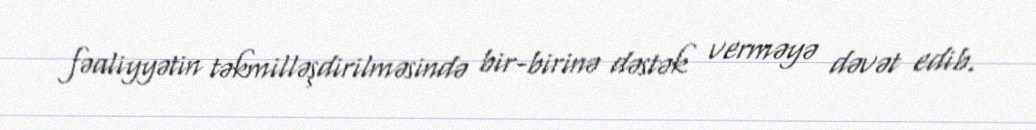
fəaliyyətin təkmilləşdirilməsində bir-birinə dəstək verməyə dəvət edib.